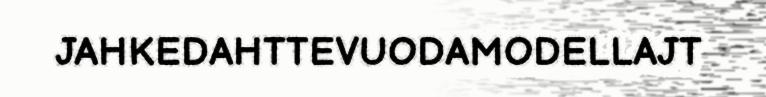
JAHKEDAHTTEVUODAMODELLAJT